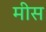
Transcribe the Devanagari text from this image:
मीस